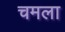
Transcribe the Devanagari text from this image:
चमला